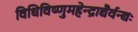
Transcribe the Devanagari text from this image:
विधिविष्णुमहेन्द्राद्यैर्वन्द्यः